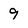
Character: 9